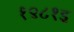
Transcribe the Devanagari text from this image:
१९८१इ